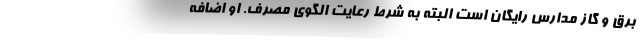
برق و گاز مدارس رایگان است البته به شرط رعایت الگوی مصرف. او اضافه